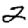
Digit: 2